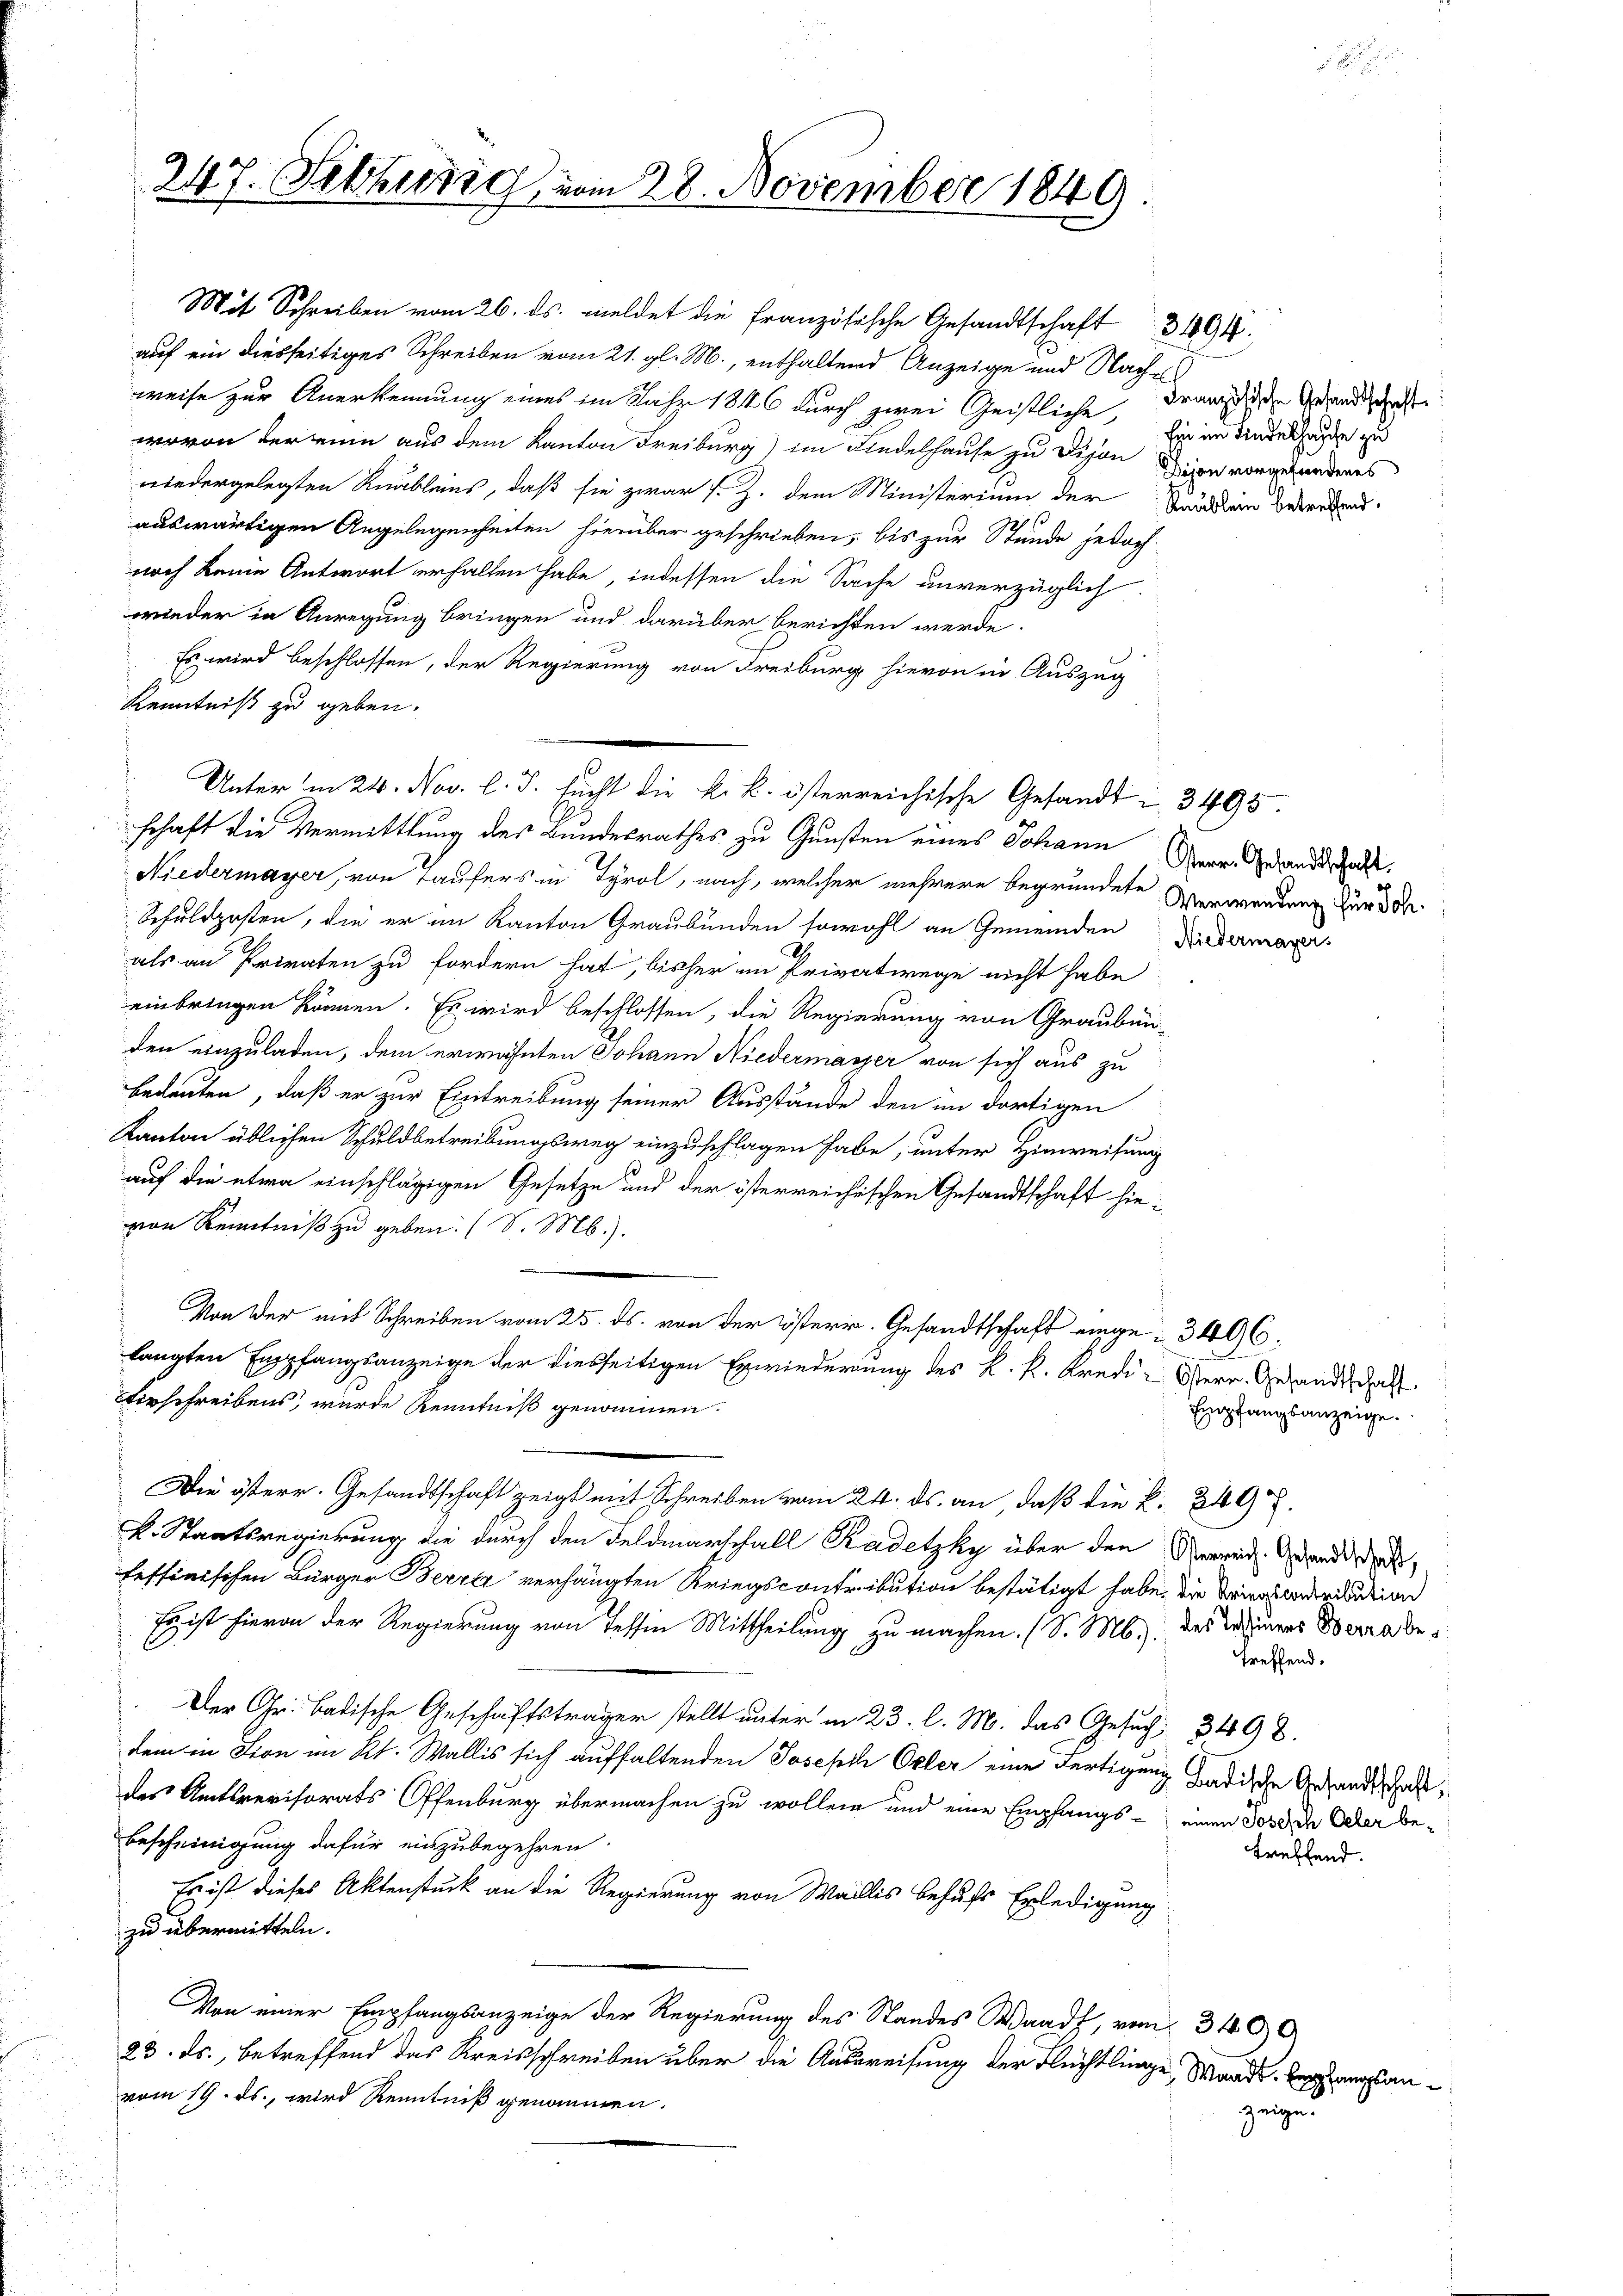
247. Febrig vom 28. November 1849

auf ein diesseitiges Schreiben vom 21. gl. M., enthaltend Anzeige und Nachweise zur Anerkennung eines im Jahr 1846 durch zwei Geistliche einer Kindere zu
wovon der eine aus dem Kanton Freiburg) im Findelhause zu dison Dion vorgehendenes
niedergelegten Knäbleins, daß sie zwar s. Z. dem Ministerium der Sander
auswärtigen Angelegenheiten hierüber geschrieben, bis zur Stunde jedoch
noch keine Antwort erhalten habe, indessen die Sache unverzüglich
wieder in Anregung bringen und darüber berichten werde
Es wird beschlossen, der Regierung von Freiburg, hievon in Auszug
Kenntniß zu geben.
schaft die Vermittlung des Bundesrathes zu Gunsten eines Johann Herrn Gesandt hat.
Niedermayer, von Taufers in Tyrol, nach, welcher mehrere begründete Verwendung zur d
Schuldposten, die er im Kanton Graubünden sowohl an Gemeinden Anderman
als an Privaten zu fordern hat, bisher an Privatwege nicht habe
einbringen können. Es wird beschlossen, die Regierung von Graubün-
den einzuladen, dem erwähnten Johann Niedermasser von sich aus zu
bedeuten, daß er zur Eintreibung seiner Ausstände den im dortigen
Kanton üblichen Schuldbetreibungsweg einzuschlagen habe, unter Hinweisung
auf die etwa einschlägigen Gesetze und der österreichischen Gesandtschaft hievon Kenntniß zu geben. (S. M.).
Von der mit Schreiben vom 25. ds. von der österr. Gesandtschaft einge- 3496.
langten Empfangsanzeige der diesseitigen Erwiederung des k. k. Kredi, Herr Gesandt, das
Verschreibens, wurde Kenntniß genommen.
Die österr. Gesandtschaft zeigt mit Schreiben vom 24. ds. an, daß die P. 249.
k. Staatsregierung die durch den Feldmarschall Kadetzky über den Verweid. Grandida
feffinischen Bürger Berra verhängten Kriegscontribution bestätigt habe, die Privatentertation
Es ist hievon der Regierung von Tessin Mittheilung zu machen. (S. M. des Tannes Berrade
Der Gr. Badische Geschäftsträger stellt unter in 23. l. M. das Gesuch 3498.
kein in Fron im Kt. Wallis sich aufhaltenden Joseph Oeler eine Fertigung badische Gesandtschaftdes Amtsrevisorats Offenburg übermachen zu wollen und eine Empfangs - einen Jose der Ueber be¬
Bescheinigung dafür einzubegehren.
Es ist dieses Aktenstück an die Regierung von Wallis behufs Erledigung
zu übermitteln.
Von einer Empfangsanzeige der Regierung des Standes Waadt, vom 310
23. ds., betreffend das Kreisschreiben über die Ausweisung der Rechtlinge, Waadt begang

Mit Schreiben vom 26. ds. meldet die französische Gesandtschaft 394.

Unter in 24. Nov. l. J. sucht die k. k. österreichische Gesandt i 3495.

Französische Gesandtschaft

Empfangsanzeige.

treffend

treffend.